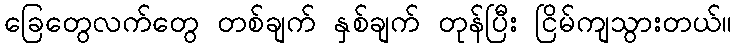
ခြေတွေလက်တွေ တစ်ချက် နှစ်ချက် တုန်ပြီး ငြိမ်ကျသွားတယ်။